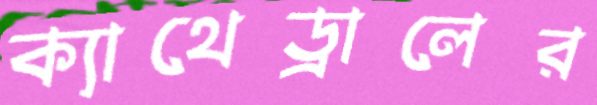
ক্যাথেড্রালের